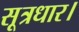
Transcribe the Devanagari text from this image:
सूत्रधार।